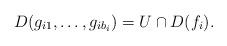
LaTeX: \begin{align*} D(g_{i1},\dots,g_{ib_i})=U\cap D(f_i) \rlap{.} \end{align*}